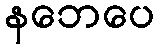
နဘေပေ